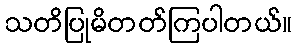
သတိပြုမိတတ်ကြပါတယ်။